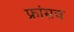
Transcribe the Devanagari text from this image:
फ्रांसच